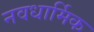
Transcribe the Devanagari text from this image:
नवधार्मिक